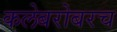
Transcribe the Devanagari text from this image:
कलेबरोबरच